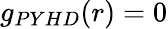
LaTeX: g_{PYHD}(r)=0